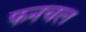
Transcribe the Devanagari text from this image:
फनचल